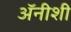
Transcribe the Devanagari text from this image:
अॅनीशी